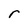
Character: r